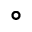
\circ